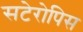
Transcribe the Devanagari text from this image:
सटेरोपिस